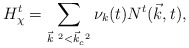
\begin{align*}H_{\chi}^t = \sum_{{\vec k}^{~2} < {\vec k}_c^{~2}}{\nu}_k(t) N^t({\vec k},t),\end{align*}